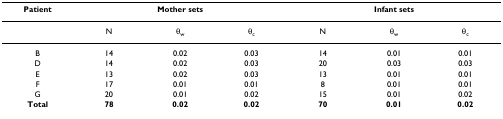
<table><thead><tr><td><b>Patient</b></td><td colspan="3"><b>Mother sets</b></td><td colspan="3"><b>Infant sets</b></td></tr></thead><tbody><tr><td></td><td>N</td><td>θ<sub>w</sub></td><td>θ<sub>c</sub></td><td>N</td><td>θ<sub>w</sub></td><td>θ<sub>c</sub></td></tr><tr><td>B</td><td>14</td><td>0.02</td><td>0.03</td><td>14</td><td>0.01</td><td>0.01</td></tr><tr><td>D</td><td>14</td><td>0.02</td><td>0.03</td><td>20</td><td>0.03</td><td>0.03</td></tr><tr><td>E</td><td>13</td><td>0.02</td><td>0.03</td><td>13</td><td>0.01</td><td>0.01</td></tr><tr><td>F</td><td>17</td><td>0.01</td><td>0.01</td><td>8</td><td>0.01</td><td>0.01</td></tr><tr><td>G</td><td>20</td><td>0.01</td><td>0.02</td><td>15</td><td>0.01</td><td>0.02</td></tr><tr><td><b>Total</b></td><td><b>78</b></td><td><b>0.02</b></td><td><b>0.02</b></td><td><b>70</b></td><td><b>0.01</b></td><td><b>0.02</b></td></tr></tbody></table>